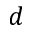
d